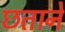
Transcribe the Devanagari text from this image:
छताने